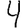
Digit: 4